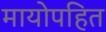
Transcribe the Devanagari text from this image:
मायोपहित